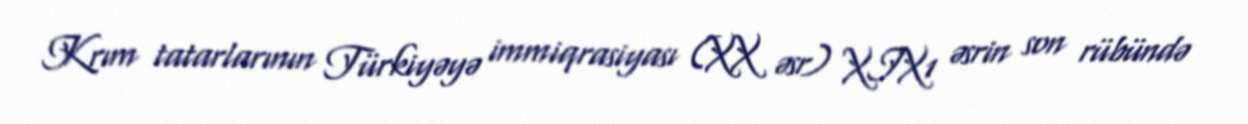
Krım tatarlarının Türkiyəyə immiqrasiyası (XX əsr) XIX1 əsrin son rübündə